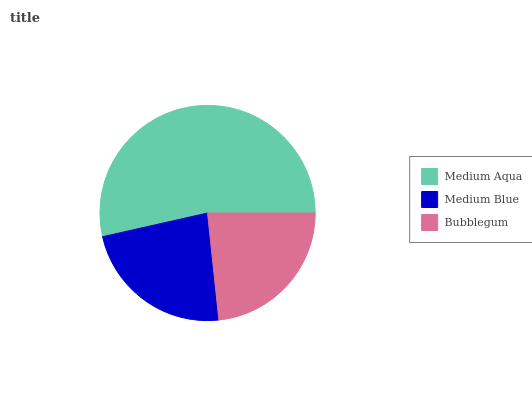
| Medium Aqua | Medium Blue | Bubblegum |
 | --- | --- | --- |
 | 53.5% | 23.1% | 23.4% |